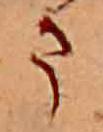
ま